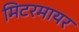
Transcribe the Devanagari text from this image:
मिटरमायर